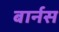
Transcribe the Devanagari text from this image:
बार्नस